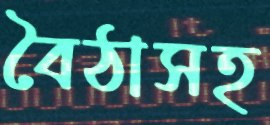
বৈঠাসহ